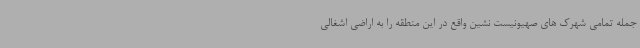
جمله تمامی شهرک های صهیونیست نشین واقع در این منطقه را به اراضی اشغالی